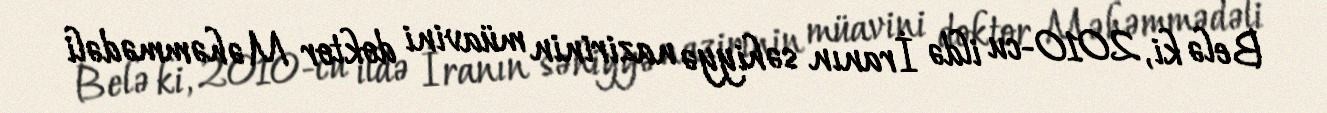
Belə ki, 2010-cu ildə İranın səhiyyə nazirinin müavini doktor Məhəmmədəli